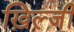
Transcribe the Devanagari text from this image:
ख़िल्जी